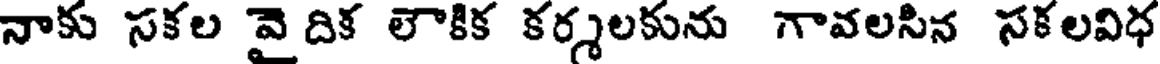
నాకు సకల వై దిక లౌకిక కర్శలకును గావలసిన సకలవిధ